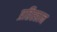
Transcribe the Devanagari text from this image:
प्रतिस्ठान